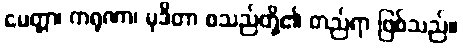
မေတ္တာ၊ ကရုဏာ၊ မုဒိတာ စသည်တို့၏ တည်ရာ ဖြစ်သည်။